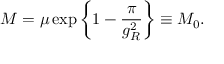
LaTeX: M = \mu \exp \left\{ 1 - \frac { \pi } { g _ { R } ^ { 2 } } \right\} \equiv M _ { 0 } .